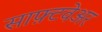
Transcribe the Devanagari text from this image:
साफ़्टवेअर